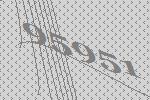
95951